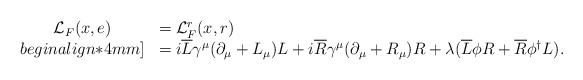
\begin{align*}\begin{array}{cl}{\cal{L}}_{F}(x,e)&={\cal{L}}^r_{F}(x,r)\\begin{align*}4mm]&=i\overline{L}\gamma^{\mu}({\partial}_\mu+L_\mu)L+i\overline{R}\gamma^{\mu}({\partial}_{\mu}+R_\mu)R+\lambda (\overline{L}\phi{R}+\overline{R}{\phi}^{\dag}L).\end{array}\end{align*}